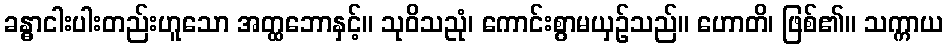
ခန္ဓာငါးပါးတည်းဟူသော အတ္ထဘောနှင့်။ သုဝိသညုံ၊ ကောင်းစွာမယှဉ်သည်။ ဟောတိ၊ ဖြစ်၏။ သက္ကာယ